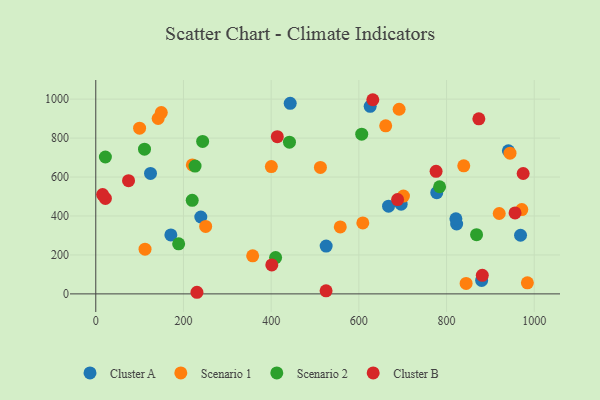
{"axis": {"x": "Study Hours", "y": "Profit"}, "legend": ["Cluster A", "Cluster B", "Scenario 1", "Scenario 2"], "data": [{"x": "667.7", "y": 450.2, "type": "Cluster A"}, {"x": "525.4", "y": 245.3, "type": "Cluster A"}, {"x": "968.7", "y": 301.0, "type": "Cluster A"}, {"x": "823.0", "y": 358.9, "type": "Cluster A"}, {"x": "625.8", "y": 962.8, "type": "Cluster A"}, {"x": "696.4", "y": 460.5, "type": "Cluster A"}, {"x": "171.2", "y": 303.0, "type": "Cluster A"}, {"x": "880.0", "y": 69.3, "type": "Cluster A"}, {"x": "239.5", "y": 394.7, "type": "Cluster A"}, {"x": "124.8", "y": 618.7, "type": "Cluster A"}, {"x": "443.4", "y": 978.6, "type": "Cluster A"}, {"x": "777.6", "y": 519.8, "type": "Cluster A"}, {"x": "821.3", "y": 385.7, "type": "Cluster A"}, {"x": "941.0", "y": 734.9, "type": "Cluster A"}, {"x": "400.4", "y": 653.6, "type": "Scenario 1"}, {"x": "357.8", "y": 195.6, "type": "Scenario 1"}, {"x": "142.2", "y": 900.6, "type": "Scenario 1"}, {"x": "99.9", "y": 850.6, "type": "Scenario 1"}, {"x": "971.6", "y": 432.9, "type": "Scenario 1"}, {"x": "557.6", "y": 343.6, "type": "Scenario 1"}, {"x": "609.0", "y": 364.5, "type": "Scenario 1"}, {"x": "250.6", "y": 346.2, "type": "Scenario 1"}, {"x": "220.2", "y": 662.3, "type": "Scenario 1"}, {"x": "839.2", "y": 657.7, "type": "Scenario 1"}, {"x": "149.4", "y": 931.0, "type": "Scenario 1"}, {"x": "512.3", "y": 649.3, "type": "Scenario 1"}, {"x": "112.3", "y": 229.8, "type": "Scenario 1"}, {"x": "844.6", "y": 53.7, "type": "Scenario 1"}, {"x": "661.2", "y": 862.8, "type": "Scenario 1"}, {"x": "944.7", "y": 722.4, "type": "Scenario 1"}, {"x": "701.7", "y": 502.1, "type": "Scenario 1"}, {"x": "920.1", "y": 412.8, "type": "Scenario 1"}, {"x": "691.8", "y": 948.1, "type": "Scenario 1"}, {"x": "984.3", "y": 56.8, "type": "Scenario 1"}, {"x": "243.7", "y": 782.9, "type": "Scenario 2"}, {"x": "219.9", "y": 480.4, "type": "Scenario 2"}, {"x": "868.4", "y": 303.8, "type": "Scenario 2"}, {"x": "441.7", "y": 778.7, "type": "Scenario 2"}, {"x": "784.1", "y": 550.1, "type": "Scenario 2"}, {"x": "189.0", "y": 256.8, "type": "Scenario 2"}, {"x": "111.1", "y": 743.2, "type": "Scenario 2"}, {"x": "410.1", "y": 186.7, "type": "Scenario 2"}, {"x": "606.5", "y": 820.2, "type": "Scenario 2"}, {"x": "21.9", "y": 702.8, "type": "Scenario 2"}, {"x": "226.4", "y": 656.3, "type": "Scenario 2"}, {"x": "974.7", "y": 618.0, "type": "Cluster B"}, {"x": "230.7", "y": 8.3, "type": "Cluster B"}, {"x": "881.5", "y": 95.5, "type": "Cluster B"}, {"x": "21.9", "y": 490.3, "type": "Cluster B"}, {"x": "873.6", "y": 898.6, "type": "Cluster B"}, {"x": "74.7", "y": 581.5, "type": "Cluster B"}, {"x": "631.8", "y": 996.9, "type": "Cluster B"}, {"x": "776.1", "y": 629.1, "type": "Cluster B"}, {"x": "414.0", "y": 807.4, "type": "Cluster B"}, {"x": "401.4", "y": 148.6, "type": "Cluster B"}, {"x": "525.2", "y": 16.0, "type": "Cluster B"}, {"x": "956.2", "y": 415.6, "type": "Cluster B"}, {"x": "688.3", "y": 484.2, "type": "Cluster B"}, {"x": "15.6", "y": 509.8, "type": "Cluster B"}]}